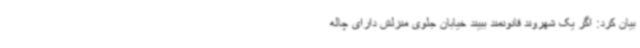
بیان کرد: اگر یک شهروند قانونمند ببیند خیابان جلوی منزلش دارای چاله